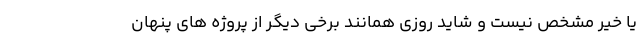
یا خیر مشخص نیست و شاید روزی همانند برخی دیگر از پروژه های پنهان